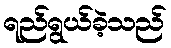
ရည်ရွယ်ခဲ့သည်